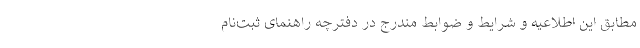
مطابق این اطلاعیه و شرایط و ضوابط مندرج در دفترچه راهنمای ثبت‌نام